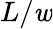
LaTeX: L/\mathit{w}